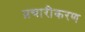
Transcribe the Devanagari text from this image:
प्रचारीकरण